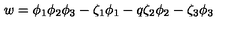
w = \phi _ { 1 } \phi _ { 2 } \phi _ { 3 } - \zeta _ { 1 } \phi _ { 1 } - q \zeta _ { 2 } \phi _ { 2 } - \zeta _ { 3 } \phi _ { 3 }